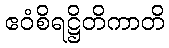
ဧဝံစိရဋ္ဌိတိကာတိ